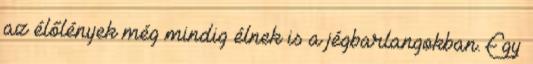
az élőlények még mindig élnek is a jégbarlangokban. Egy